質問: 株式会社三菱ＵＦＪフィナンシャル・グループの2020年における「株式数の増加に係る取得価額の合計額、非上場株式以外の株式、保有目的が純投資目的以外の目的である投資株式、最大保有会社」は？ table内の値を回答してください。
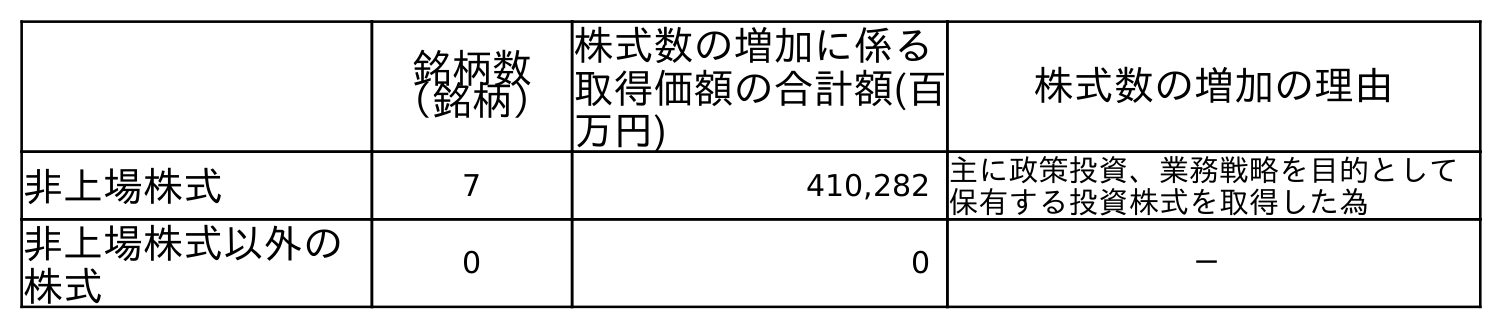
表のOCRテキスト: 銘柄数 （銘柄） 株式数の増加に係る 取得価額の合計額(百 万円) 株式数の増加の理由 非上場株式 7 410,282 主に政策投資、業務戦略を目的として 保有する投資株式を取得した為 非上場株式以外の 株式 0 0 －
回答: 0